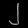
Digit: ၂